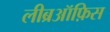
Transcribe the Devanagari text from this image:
लीब्रऑफ़िस